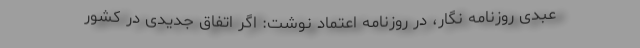
عبدی روزنامه نگار، در روزنامه اعتماد نوشت: اگر اتفاق جدیدی در کشور